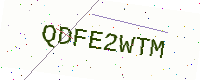
Text: QDFE2WTM